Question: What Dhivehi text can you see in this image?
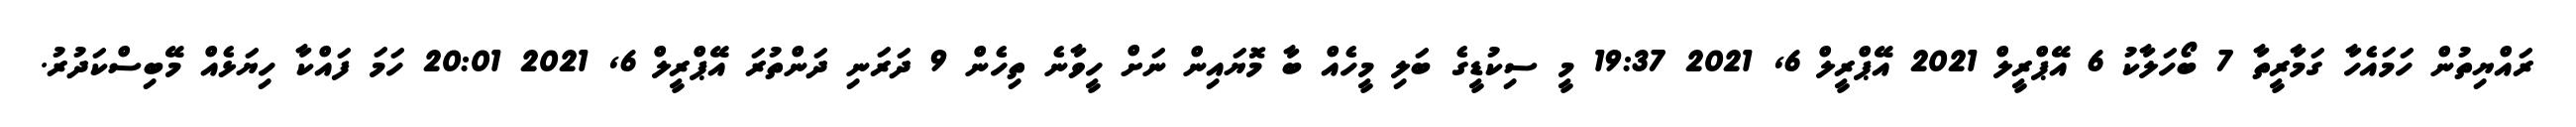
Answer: ރައްޔިތުން ހަމައެހާ ގަމާރީތާ 7 ބޯހަލާކު 6 އޭޕްރީލް 2021 އޭޕްރީލް 6, 2021 19:37 މީ ސިކުޑީގެ ބަލި މީހެއް ބާ މޮޔައިން ނަށް ހީވާނެ ތިހެން 9 ދަރަނި ދަންތުރަ އޭޕްރީލް 6, 2021 20:01 ހަމަ ފައްކާ ހިޔަޅެއް މޭބިސްކަދުރު.